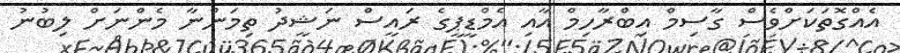
އެއްގޮތަކަށްވެސް ގާސިމް އިބްރާހިމް އާއި އެމްޑީޕީގެ ރައީސް ނަޝީދު ތިމަންނާ މެންނަށް ލިބުނު